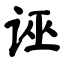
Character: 诬